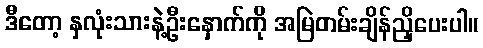
ဒီတော့ နှလုံးသားနဲ့ဦးနှောက်ကို အမြဲတမ်းချိန်ညှိပေးပါ။